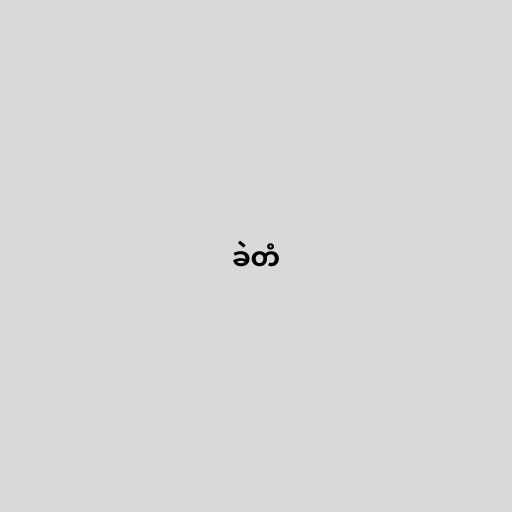
ခဲတံ